[Report on the health of British troops in the Madras command]
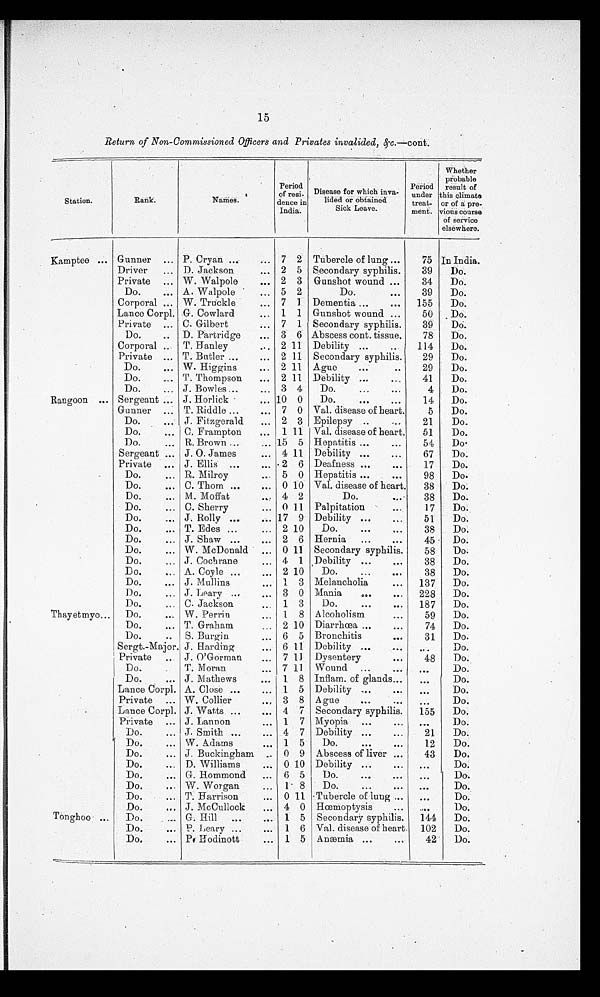
15
Return of Non-Commissioned Officers and Privates invalided, & c.—cont.
S tation.
Rank.
Names.
Period
of resi-
dente in
India.
Disease for which inva-
lided or obtained
Sick Leave.
Period
under
treat-
ment.
Whether
probable
result of
this climate
or of a pr
e-
vious course
of service
elsewhere.
Kamptee
Gunner
P. Cryan
7 2 Tubercle of lung
75 In India.
Driver
D. Jackson
2 5 Secondary syphilis.
39
Do.
Private
W. Walpole
2 3 Gunshot wound
34
Do.
Do.
A. Walpole
5 2
Do.
39
Do.
Corporal
W. Truckle
7 1 Dementia
155
Do.
Lanco Corpl. G. Cowlard
1 1 Gunshot wound
50
Do.
Private
C. Gilbert
7 1 Secondary syphilis.
39
D o .
Do.
D. Partridge
3 6 Abscess cont. tissue.
78
Do.
Corporal
T. Hanley
2 11 Debility
114
Do.
Private
T. Butler
2 11 Secondary syphilis.
29
Do.
Do.
W. Higgins
2 11
Ague
29
Do.
Do.
P. Thompson
2 11 Debility
41
Do.
Do.
J. Bowles _
3 4
Do.
4
Do.
Rangoon
Sergeant
J. Horlick
10 0
Do.
14
Do.
Gunner
T. Riddle
7 0 Val. disease of heart.
5
Do.
Do.
J. Fitzgerald
2 3 Epilepsy
21
Do.
Do.
C. Frampton
1 11 Val. disease of heart.
51
Do.
Do.
R. Brown
15 5 Hepatitis
54
Do
.
Sergeant
J. 0. James
4 11 Debility
67
Do.
Private
J. Ellis
2 6 Deafness
17
Do.
Do.
R. Milroy
5 0 Hepatitis
98
Do.
Do.
C. Thom
0 10 Val. disease of heart.
38
Do.
Do.
M Moffat
•
4 2
Do.
38
Do.
Do.
C. Sherry
0 11 Palpitation
17
Do.
Do.
J. Rolly
17 9 Debility
51
Do.
Do.
T. Edes
2 10
Do.
38
Do.
Do.
J. Shaw
. 2 6 Hernia
45
Do.
Do.
W. McDonald
0 11 Secondary syphilis.
58
Do.
Do.
J. Cochrane
4 1 Debility
38
Do.
Do.
A. Coyle
2 10
Do.
38
Do.
Do.
J. Mullins
1 3 Melancholia
137
Do.
Do.
J. Leary
3 0 Mania
228
Do.
Do.
C. Jackson
1 3
Do.
187
Do.
Thayetmyo
Do.
W. Perrin
1 8 Alcoholism
59
Do.
Do.
T. Graham
2 10 Diarrhœa
74
Do.
Do.
S. Burgin
6 5 Bronchitis
31
Do.
Sergt.-Major. J. Harding
6 11 Debility
...
Do.
Private
J. O'Gorman
11 Dysentery
48
Do.
Do.
T. Moran
7 11 Wound
...
Do.
Do.
J. Mathews
1 8 Inflam. of glands
...
Do.
Lance Corpl. A. Close
1 5 Debility
...
Do.
Private
W. Collier
.. , 3 8 Ague
...
Do.
Lance Corpl. J. Watts
4 7 Secondary syphilis.
155
Do.
Private
J. Lannon
1 7 Myopia
...
Do.
Do.
J. Smith
4 7 Debility
21
Do.
Do.
W. Adams
1 5
Do.
12
Do.
Do.
J. Buckingham .. 0 9 Abscess of liver
43
Do.
Do.
D. Williams
0 10 Debility
...
Do.
Do.
G. Hommond
6 5
Do.
...
Do.
Do.
W. Worgan
1 8
Do.
...
Do.
Do.
T. Harrison
0 11 Tubercle of lung
...
Do.
Do.
J. McCullock
.. 4 0 Hcemoptysis
...
Do.
Tonghoo
Do.
G. Hill
1 5 Secondary syphilis.
144
Do.
Do.
P. Leary
1 6 Val. disease of heart. 102
Do.
Do.
P. Hodinott
1 5 Anæmia
42
Do.